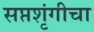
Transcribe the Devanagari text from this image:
सप्तशृंगीचा